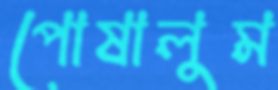
পোষালুম